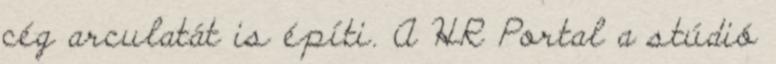
cég arculatát is építi. A HR Portal a stúdió